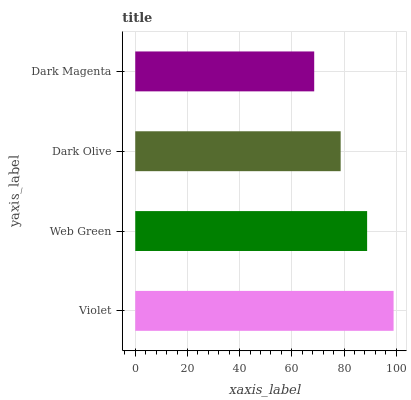
| yaxis_label | bars |
 | --- | --- |
 | Violet | 99 |
 | Web Green | 88.9 |
 | Dark Olive | 78.7 |
 | Dark Magenta | 68.6 |